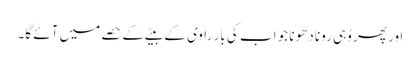
اور پھر وُہی رونا دھونا جو اب کی بار راوی کے بیٹے کے حصے میں آئے گا۔